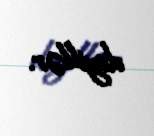
deyillər.